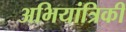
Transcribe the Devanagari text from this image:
अभियांत्रिकी